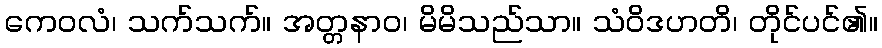
ကေဝလံ၊ သက်သက်။ အတ္တနာဝ၊ မိမိသည်သာ။ သံဝိဒဟတိ၊ တိုင်ပင်၏။